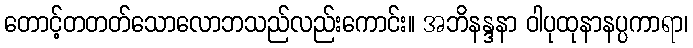
တောင့်တတတ်သောလောဘသည်လည်းကောင်း။ အဘိနန္ဒနာ ဝါပုထုနာနပ္ပကာရာ၊